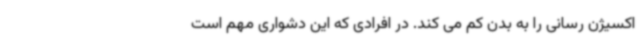
اکسیژن رسانی را به بدن کم می کند. در افرادی که این دشواری مهم است